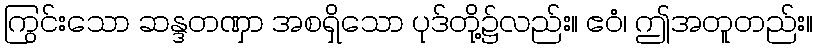
ကြွင်းသော ဆန္ဒတဏှာ အစရှိသော ပုဒ်တို့၌လည်း။ ဧဝံ၊ ဤအတူတည်း။